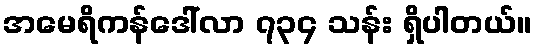
အမေရိကန်ဒေါ်လာ ၇၃၄ သန်း ရှိပါတယ်။